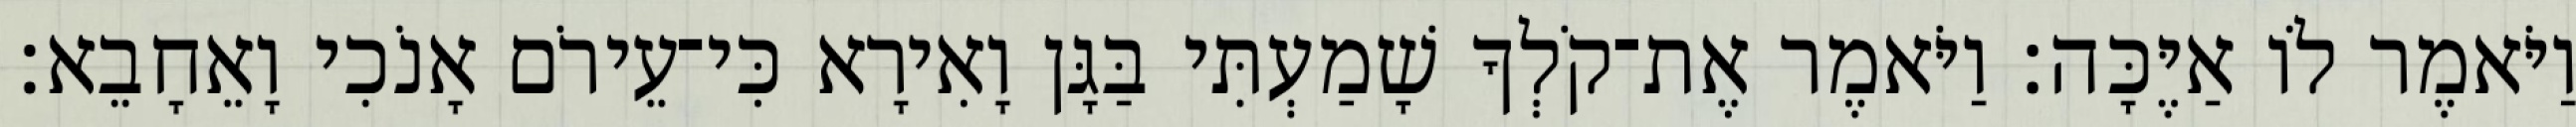
וַיֹּאמֶר לֹו אַיֶּכָּה׃ וַיֹּאמֶר אֶת־קֹלְךָ שָׁמַעְתִּי בַּגָּן וָאִירָא כִּי־עֵירֹם אָנֹכִי וָאֵחָבֵא׃